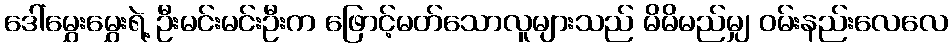
ဒေါ်မွှေးမွှေးရဲ့ ဦးမင်းမင်းဦးက ဖြောင့်မတ်သောလူများသည် မိမိမည်မျှ ဝမ်းနည်းလေလေ